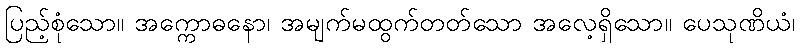
ပြည့်စုံသော။ အက္ကောဓနော၊ အမျက်မထွက်တတ်သော အလေ့ရှိသော။ ပေသုဏိယံ၊